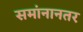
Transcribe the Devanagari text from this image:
समांनानतर